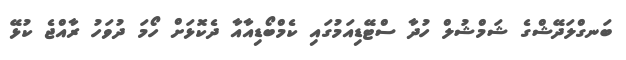
ބަނގްލަދޭޝްގެ ޝަމްޝުލް ހުދާ ސްޓޭޑިއަމުގައި ކެމްބޯޑިއާއާ ދެކޮޅަށް ހޯމަ ދުވަހު ރާއްޖެ ކުޅޭ